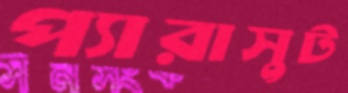
প্যারাসুট